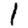
Digit: 1